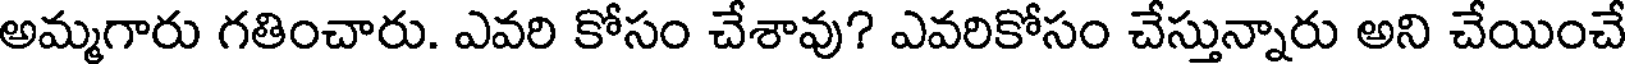
అమ్మగారు గతించారు. ఎవరి కోసం చేశావు? ఎవరికోసం చేస్తున్నారు అని చేయించే